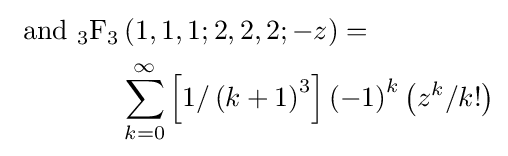
{\begin{aligned}{\text{ and }}{}_{3}{\text{F}}_{3}&\left(1,1,1;2,2,2;-z\right)=\\&\sum _{k=0}^{\infty }\left[1/\left(k+1\right)^{3}\right]\left(-1\right)^{k}\left(z^{k}/k!\right)\end{aligned}}